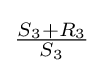
{\tfrac {S_{3}+R_{3}}{S_{3}}}